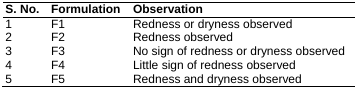
<table><thead><tr><td><b>S. No.</b></td><td><b>Formulation</b></td><td><b>Observation</b></td></tr></thead><tbody><tr><td>1</td><td>F1</td><td>Redness or dryness observed</td></tr><tr><td>2</td><td>F2</td><td>Redness observed</td></tr><tr><td>3</td><td>F3</td><td>No sign of redness or dryness observed</td></tr><tr><td>4</td><td>F4</td><td>Little sign of redness observed</td></tr><tr><td>5</td><td>F5</td><td>Redness and dryness observed</td></tr></tbody></table>